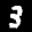
Label: 3